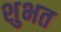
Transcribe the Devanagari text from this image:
शुभत